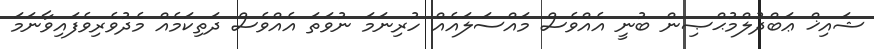
ޝައިޚް ޢަބްދުލްމުޙްޞިން ބުނީ އެއްވެސް މައްސަލައެއް ހުރިނަމަ ނުވަތަ އެއްވެސް ދަތިކަމެއް މެދުވެރިވެފައިވާނަމަ